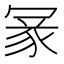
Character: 𠖔